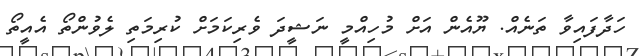
ހަދާފައިވާ ތަނެއް. ޔޫއެން އަށް މުހިއްމީ ނަޝީދަ ވެރިކަމަށް ކުރިމަތި ލެވުންތޯ އެއީތޯ